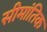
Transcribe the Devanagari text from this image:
सीमांतिक